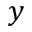
y